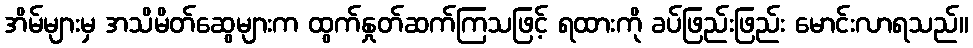
အိမ်များမှ အသိမိတ်ဆွေများက ထွက်နှုတ်ဆက်ကြသဖြင့် ရထားကို ခပ်ဖြည်းဖြည်း မောင်းလာရသည်။